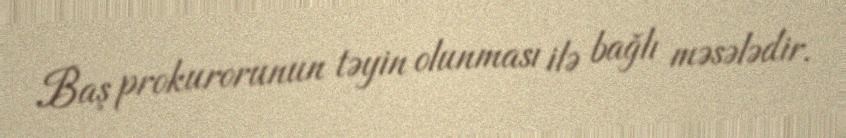
Baş prokurorunun təyin olunması ilə bağlı məsələdir.